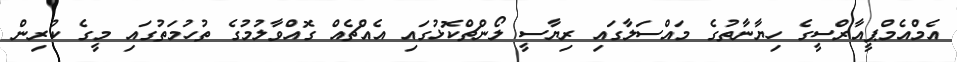
އެމްއެމްޕީއާރްސީގެ ހިޔާނާތުގެ މައްސަލާގައި ރިޔާސީ ލޯންޗްކޮޅުގައި އެއްޗެއް ގޮއްވާލުމުގެ ތުހުމަތުގައި މީގެ ކުރިން